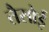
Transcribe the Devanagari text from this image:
तैसोई